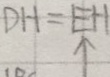
D H = E H \uparrow